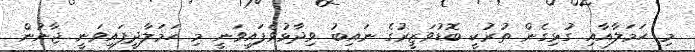
މި ހަމަލާއާއި ގުޅިގެން ތުރުކީ ބޮޑުވަޒީރުގެ ނައިބު ވިދާޅުވެފައިވަނީ މި ހަމަލާދީފައިވަނީ ޖާނުން